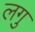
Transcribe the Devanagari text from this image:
लगु